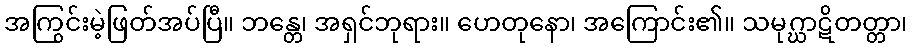
အကြွင်းမဲ့ဖြတ်အပ်ပြီ။ ဘန္တေ၊ အရှင်ဘုရား။ ဟေတုနော၊ အကြောင်း၏။ သမုဂ္ဃာဋိတတ္တာ၊